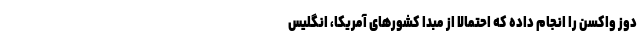
دوز واکسن را انجام داده که احتمالا از مبدا کشورهای آمریکا، انگلیس